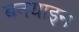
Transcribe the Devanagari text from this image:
बनयाइन